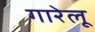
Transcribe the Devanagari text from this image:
गारेलू